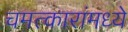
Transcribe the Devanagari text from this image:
चमत्कारांमध्ये